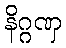
နိဂ္ဂဏှ